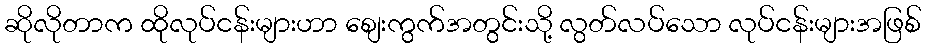
ဆိုလိုတာက ထိုလုပ်ငန်းများဟာ စျေးကွက်အတွင်းသို့ လွတ်လပ်သော လုပ်ငန်းများအဖြစ်